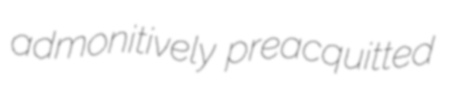
admonitively preacquitted